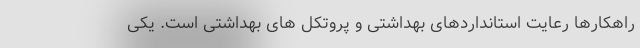
راهکارها رعایت استانداردهای بهداشتی و پروتکل های بهداشتی است. یکی